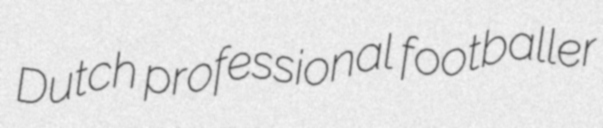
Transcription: Dutch professional footballer